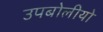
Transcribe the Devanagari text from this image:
उपबोलीयो